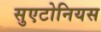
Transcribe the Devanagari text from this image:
सुएटोनियस